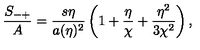
{ \frac { S _ { - + } } { A } } = { \frac { s \eta } { a ( \eta ) ^ { 2 } } } \left( 1 + { \frac { \eta } { \chi } } + { \frac { \eta ^ { 2 } } { 3 \chi ^ { 2 } } } \right) ,